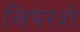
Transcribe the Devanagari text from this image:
लिपरशे